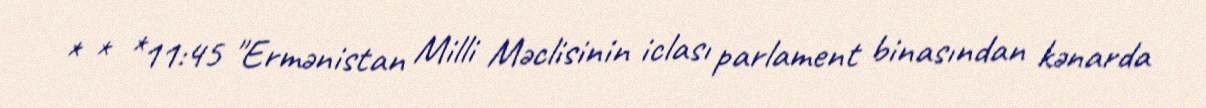
* * *11:45 "Ermənistan Milli Məclisinin iclası parlament binasından kənarda